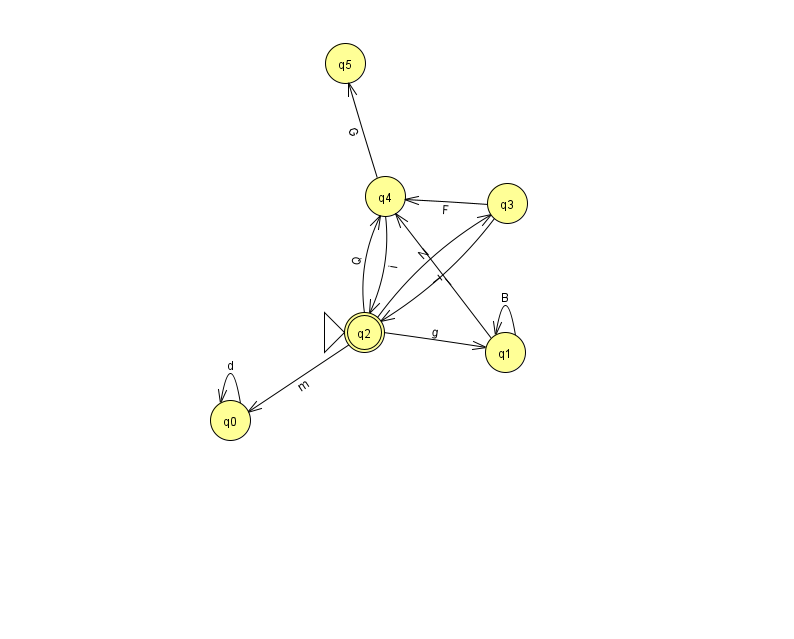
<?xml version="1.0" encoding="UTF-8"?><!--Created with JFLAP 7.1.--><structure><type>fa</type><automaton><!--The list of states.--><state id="0" name="q0"><x>230.0</x><y>407.0</y></state><state id="1" name="q1"><x>505.0</x><y>339.0</y></state><state id="2" name="q2"><x>364.0</x><y>319.0</y><initial/><final/></state><state id="3" name="q3"><x>507.0</x><y>190.0</y></state><state id="4" name="q4"><x>385.0</x><y>183.0</y></state><state id="5" name="q5"><x>345.0</x><y>50.0</y></state><!--The list of transitions.--><transition><from>4</from><to>5</to><read>G</read></transition><transition><from>2</from><to>1</to><read>g</read></transition><transition><from>3</from><to>2</to><read>I</read></transition><transition><from>3</from><to>4</to><read>F</read></transition><transition><from>1</from><to>1</to><read>B</read></transition><transition><from>0</from><to>0</to><read>d</read></transition><transition><from>2</from><to>3</to><read>N</read></transition><transition><from>4</from><to>2</to><read>i</read></transition><transition><from>2</from><to>0</to><read>m</read></transition><transition><from>1</from><to>4</to><read>T</read></transition><transition><from>2</from><to>4</to><read>Q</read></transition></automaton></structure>